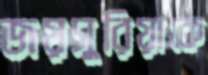
জয়সুরিয়াকে